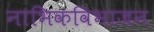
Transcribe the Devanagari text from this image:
नाभिकविभाजन